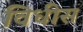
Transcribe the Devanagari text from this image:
विधीस